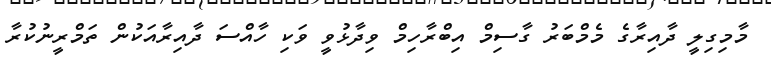
މާމިގިލީ ދާއިރާގެ މެމްބަރު ގާސިމް އިބްރާހިމް ވިދާޅުވީ ވަކި ހާއްސަ ދާއިރާއަކުން ތަމްރީނުކުރާ